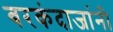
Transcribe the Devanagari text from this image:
बरकंदाजांनी